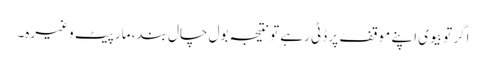
اگر تو بیوی اپنے موقف پر ڈٹی رہے تو نتیجہ بول چال بند، مار پیٹ وغیرہ۔